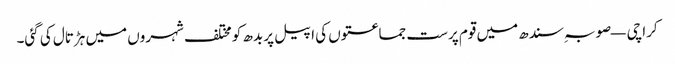
کراچی — صوبہ ِسندھ میں قوم پرست جماعتوں کی اپیل پر بدھ کو مختلف شہروں میں ہڑتال کی گئی۔